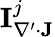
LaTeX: \mathbf{I}_{\nabla^{\prime}\cdot\mathbf{J}}^{j}